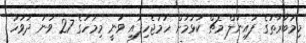
މިމުބާރާތުގެ ފައިނަލް މެޗް ކުޅުމަށް ހަމަޖެހިފައި ވަނީ މިމަހުގެ 27 ވަނަ ދުވަހު